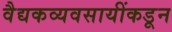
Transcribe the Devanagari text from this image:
वैद्यकव्यवसायींकडून